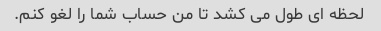
لحظه ای طول می کشد تا من حساب شما را لغو کنم.